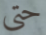
حتى